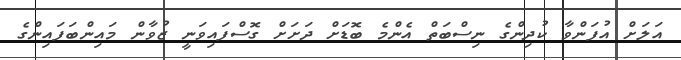
އަލަށް އުފަންވާ ކުދިންގެ ނިސްބަތް އެންމެ ބޮޑަށް ދަށަށް ގޮސްފައިވަނީ ޒުވާން މައިންބަފައިންގެ